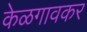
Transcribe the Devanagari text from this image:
केळगावकर